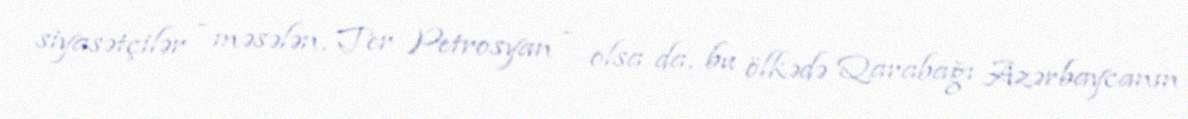
siyasətçilər - məsələn, Ter Petrosyan - olsa da, bu ölkədə Qarabağı Azərbaycanın